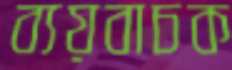
ব্যয়বাচক